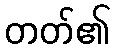
တတ်၏